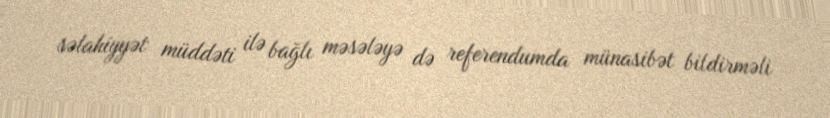
səlahiyyət müddəti ilə bağlı məsələyə də referendumda münasibət bildirməli